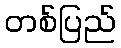
တစ်ပြည်